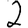
Digit: 2